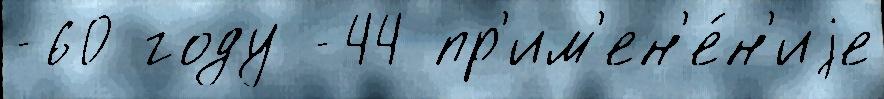
-60 году -44 пр'им'ен'е́н'иjе